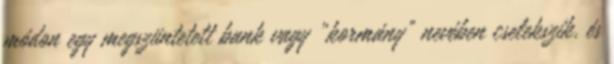
módon egy megszüntetett bank vagy „kormány” nevében cselekszik, és